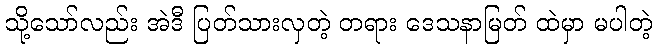
သို့သော်လည်း အဲဒီ ပြတ်သားလှတဲ့ တရား ဒေသနာမြတ် ထဲမှာ မပါတဲ့